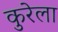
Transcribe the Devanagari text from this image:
कुरेला